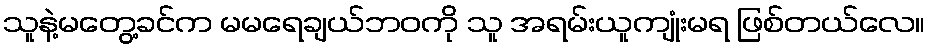
သူနဲ့မတွေ့ခင်က မမရေချယ်ဘဝကို သူ အရမ်းယူကျုံးမရ ဖြစ်တယ်လေ။